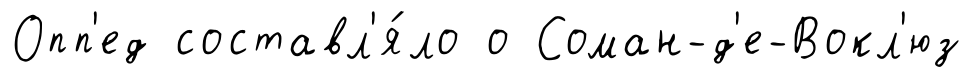
Опп'ед составл'я́ло о Соман-д'е-Вокл'юз